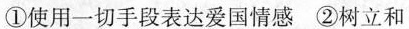
①使用一切手段表达爱国情感②树立和